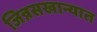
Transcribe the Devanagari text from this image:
जिन्नसखान्यात